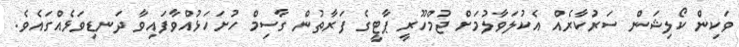
ވަކިން ކޯލިޝަން ސަރުކާރެއް އެކުލަވާލުމަށް ޖުމްހޫރީ ޕާޓީގެ ފަރާތުން ގާސިމް ހުށަހަޅުއްވާފައިވާ ދަނޑިވަޅެއްގައެވެ.